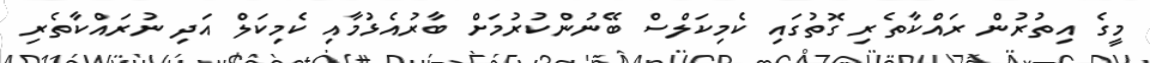
މީގެ އިތުރުން ރައްކާތެރި ގޮތުގައި ކެމިކަލްސް ބޭނުންކުރުމަށް ބާރުއެޅުމާއި ކެމިކަލް އަދި ނުރައްކާތެރި